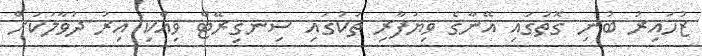
ޒުހައިރު ބުނި ގޮތުގައި އޭނާގެ ވިޔަފާރި ތަކުގައި ސިނގިރޭޓް ވިއްކި އިރު ދުވާލަކަށް